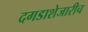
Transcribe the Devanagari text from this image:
दगडाशेजारीच